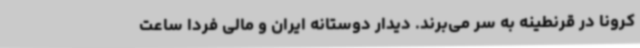
کرونا در قرنطینه به سر می‌برند. دیدار دوستانه ایران و مالی فردا ساعت